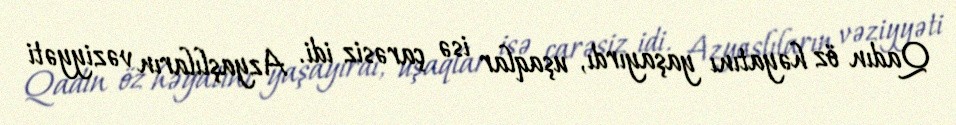
Qadın öz həyatını yaşayırdı, uşaqlar isə çarəsiz idi. Azyaşlıların vəziyyəti